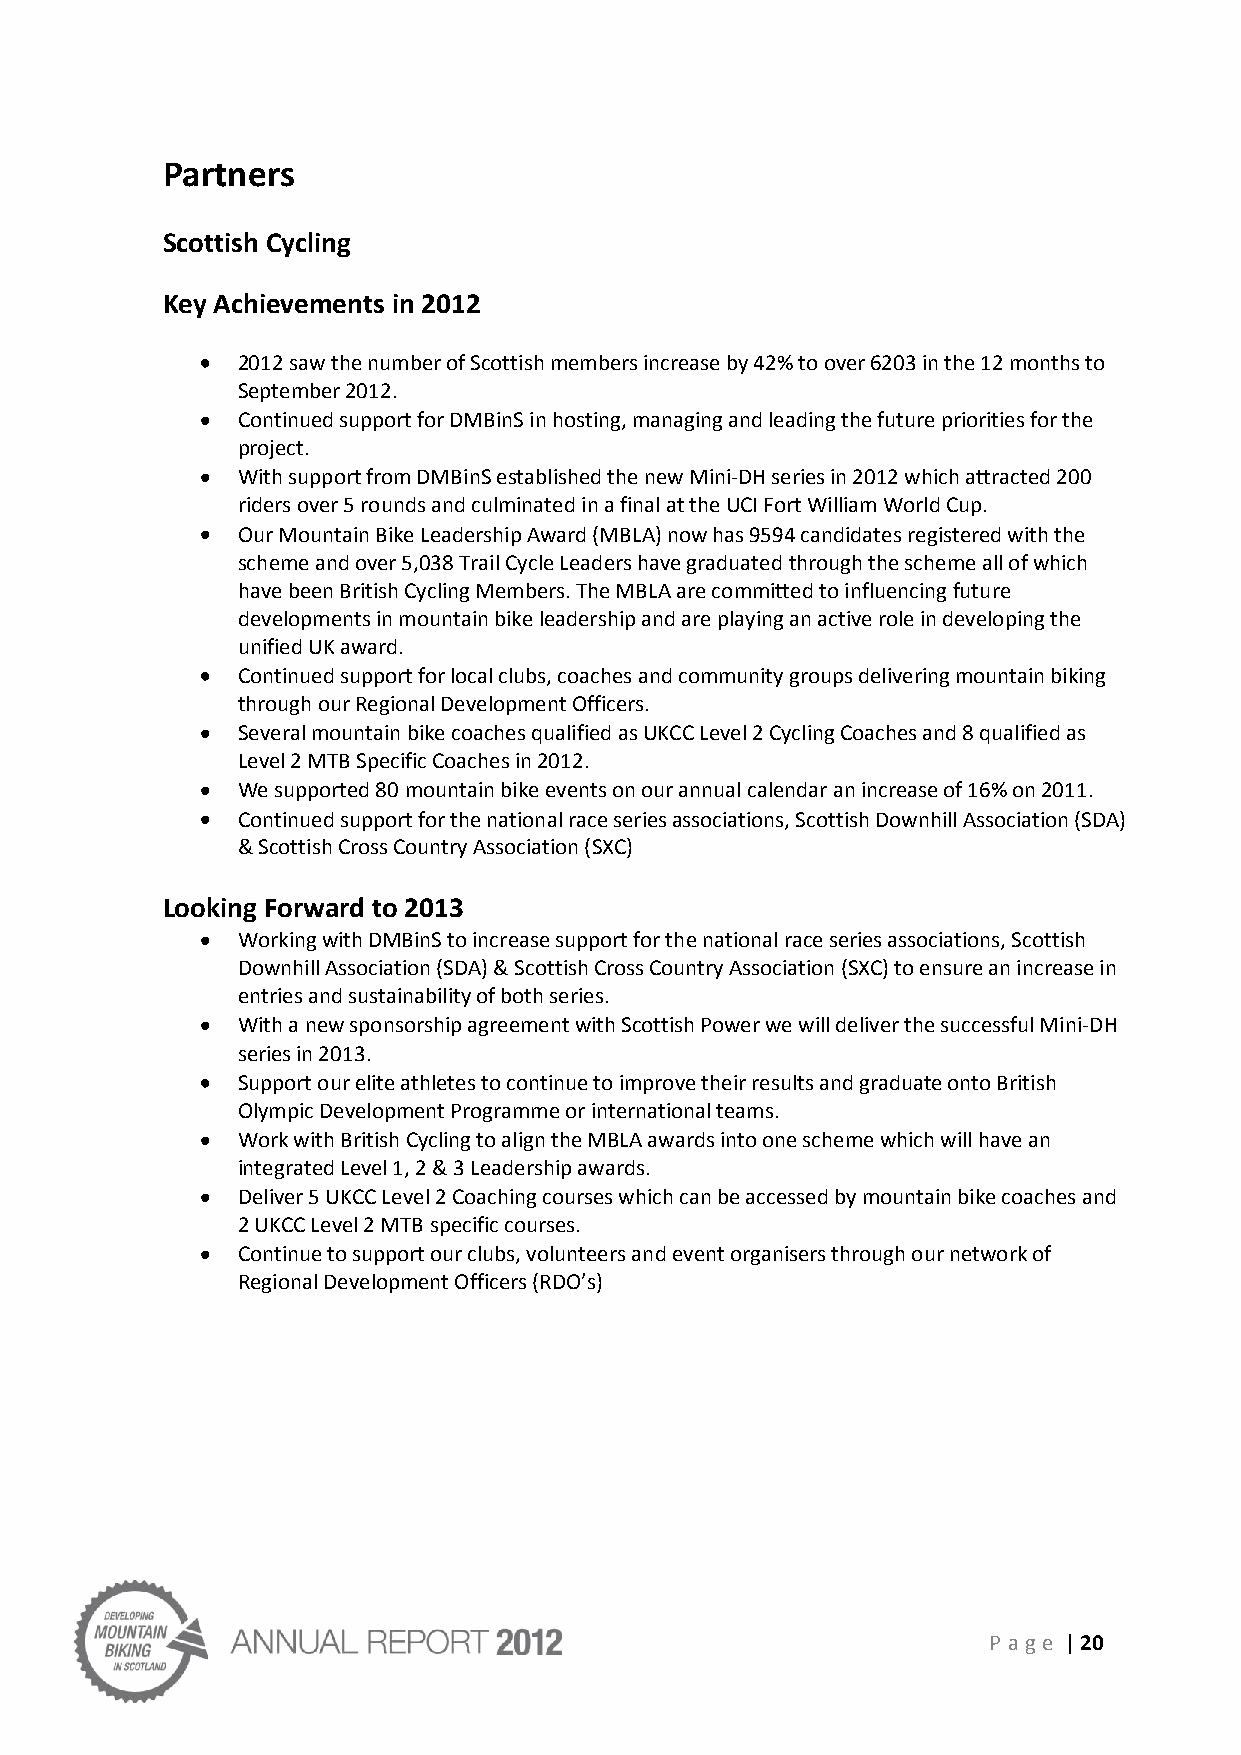
Partners
 Scottish Cycling
 Key Achievements in 2012
 2012 saw the number of Scottish members increase by 42% to over 6203 in the 12 months to
 September 2012.
 Continued support for DMBinS in hosting, managing and leading the future priorities for the
 project.
 With support from DMBinS established the new Mini-DH series in 2012 which attracted 200
 riders over 5 rounds and culminated in a final at the UCI Fort William World Cup.
 Our Mountain Bike Leadership Award (MBLA) now has 9594 candidates registered with the
 scheme and over 5,038 Trail Cycle Leaders have graduated through the scheme all of which
 have been British Cycling Members. The MBLA are committed to influencing future
 developments in mountain bike leadership and are playing an active role in developing the
 unified UK award.
 Continued support for local clubs, coaches and community groups delivering mountain biking
 through our Regional Development Officers.
 Several mountain bike coaches qualified as UKCC Level 2 Cycling Coaches and 8 qualified as
 Level 2 MTB Specific Coaches in 2012.
 We supported 80 mountain bike events on our annual calendar an increase of 16% on 2011.
 Continued support for the national race series associations, Scottish Downhill Association (SDA)
 & Scottish Cross Country Association (SXC)
 Looking Forward to 2013
 Working with DMBinS to increase support for the national race series associations, Scottish
 Downhill Association (SDA) & Scottish Cross Country Association (SXC) to ensure an increase in
 entries and sustainability of both series.
 With a new sponsorship agreement with Scottish Power we will deliver the successful Mini-DH
 series in 2013.
 Support our elite athletes to continue to improve their results and graduate onto British
 Olympic Development Programme or international teams.
 Work with British Cycling to align the MBLA awards into one scheme which will have an
 integrated Level 1, 2 & 3 Leadership awards.
 Deliver 5 UKCC Level 2 Coaching courses which can be accessed by mountain bike coaches and
 2 UKCC Level 2 MTB specific courses.
 Continue to support our clubs, volunteers and event organisers through our network of
 Regional Development Officers (RDO’s)
 P age | 20